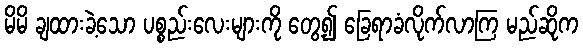
မိမိ ချထားခဲ့သော ပစ္စည်းလေးများကို တွေ့၍ ခြေရာခံလိုက်လာကြ မည်ဆိုက